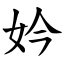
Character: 妗